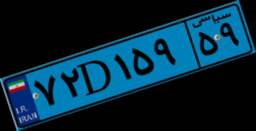
۱۵D۸۳۰۸۲